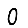
Digit: 0